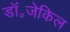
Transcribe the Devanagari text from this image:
डॉ॰जेकिल